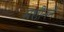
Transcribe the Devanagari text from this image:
मशीनने